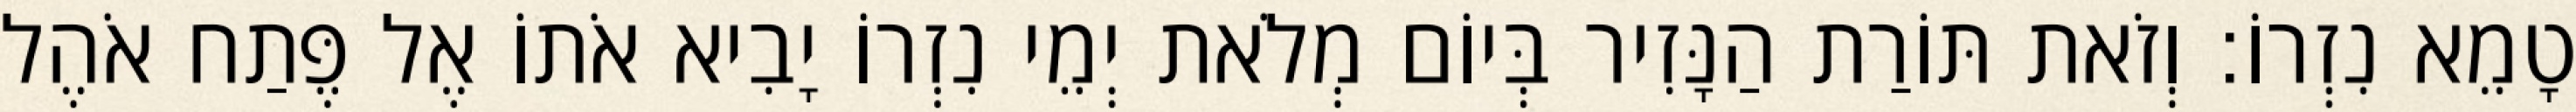
טָמֵא נִזְרוֹ׃ וְזֹאת תּוֹרַת הַנָּזִיר בְּיוֹם מְלֹאת יְמֵי נִזְרוֹ יָבִיא אֹתוֹ אֶל פֶּתַח אֹהֶל